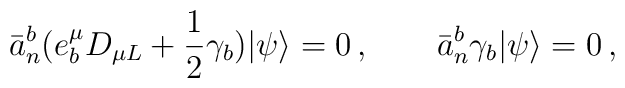
\bar{a}_n^b(e_b^\mu D_{\mu L}+\frac{1}{2}\gamma_b)|\psi\rangle=0\,,\qquad\bar{a}_n^b\gamma_b|\psi\rangle=0\,,